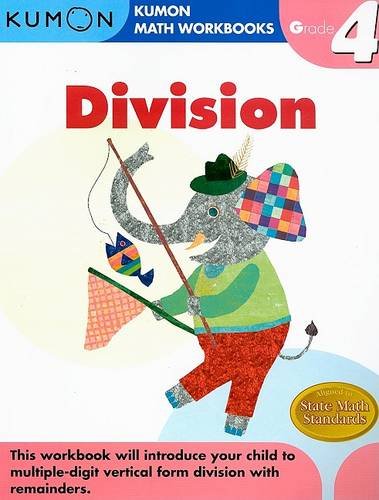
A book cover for Grade 4 Division (Kumon Math Workbooks); Kumon Publishing; Children's Books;